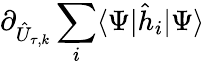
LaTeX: \partial_{\hat{U}_{\tau,k}}\sum_{i}\langle\Psi|\hat{h}_{i}|\Psi\rangle